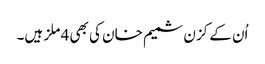
اُن کے کزن شمیم خان کی بھی 4 ملز ہیں۔